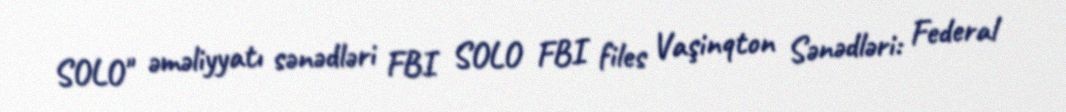
SOLO" əməliyyatı sənədləri FBI SOLO FBI files Vaşinqton Sənədləri: Federal